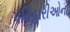
પનિહારીઓનો